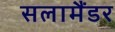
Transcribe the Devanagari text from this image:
सलामैंडर